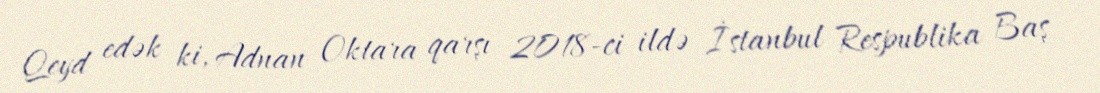
Qeyd edək ki, Adnan Oktara qarşı 2018-ci ildə İstanbul Respublika Baş